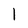
Character: 1